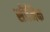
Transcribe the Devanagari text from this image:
सीमिक